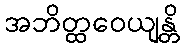
အဘိတ္ထဝေယျန္တိ